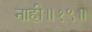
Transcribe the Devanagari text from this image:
नाही॥१९॥